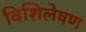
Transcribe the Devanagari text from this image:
विशिलेषण